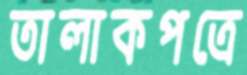
তালাকপত্রে